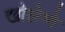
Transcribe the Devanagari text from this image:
खोलेग्गे